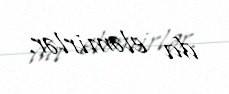
da eləmirlər.